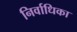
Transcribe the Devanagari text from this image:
निर्वाधिका